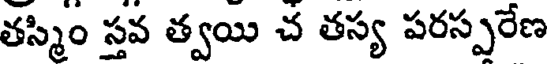
తస్మిం స్తవ త్వయి చ తస్య పరస్పరేణ